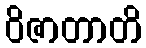
ဝိဇာတာတိ